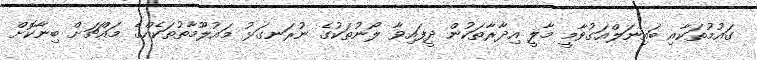
ގައުމުތަކާއި ބައިނަލްއަގުވާމީ މާލީ އިދާރާތަކުން ދީފައިވާ ލޯނުތަކުގެ ނުރަނގަޅު މައުލޫމާތުތަކެއްގެ މައްޗަށް ބިނާކޮށް